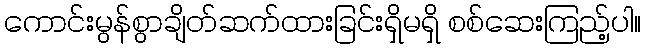
ကောင်းမွန်စွာချိတ်ဆက်ထားခြင်းရှိမရှိ စစ်ဆေးကြည့်ပါ။